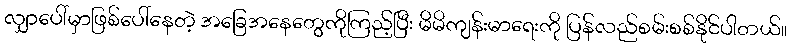
လျှာပေါ်မှာဖြစ်ပေါ်နေတဲ့ အခြေအနေတွေကိုကြည့်ပြီး မိမိကျန်းမာရေးကို ပြန်လည်စမ်းစစ်နိုင်ပါတယ်။